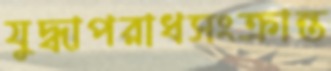
যুদ্ধাপরাধসংক্রান্ত